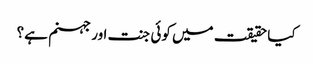
کیا حقیقت میں کوئی جنت اور جہنم ہے؟